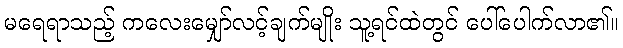
မရေရာသည့် ကလေးမျှော်လင့်ချက်မျိုး သူ့ရင်ထဲတွင် ပေါ်ပေါက်လာ၏။